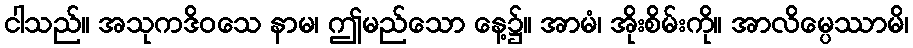
ငါသည်။ အသုကဒိဝသေ နာမ၊ ဤမည်သော နေ့၌။ အာမံ၊ အိုးစိမ်းကို။ အာလိမ္ပေဿာမိ၊